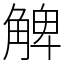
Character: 䚜